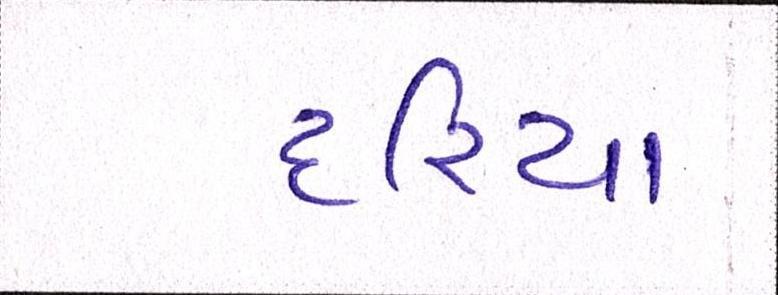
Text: દરિયા